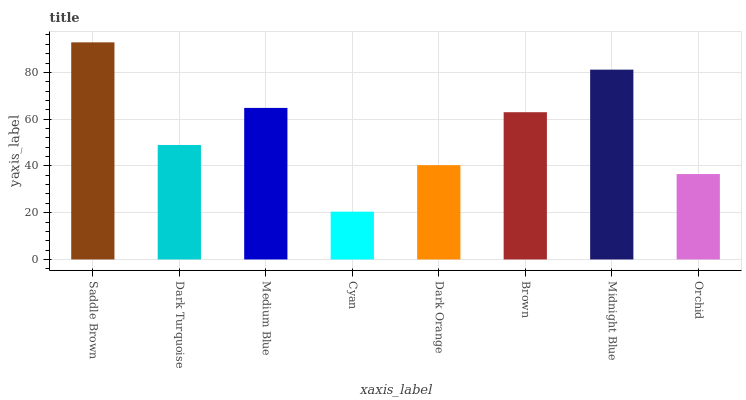
| xaxis_label | bars |
 | --- | --- |
 | Saddle Brown | 92.8 |
 | Dark Turquoise | 48.9 |
 | Medium Blue | 64.8 |
 | Cyan | 20.4 |
 | Dark Orange | 40.3 |
 | Brown | 63 |
 | Midnight Blue | 81.2 |
 | Orchid | 36.5 |